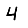
Digit: 4